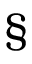
\S